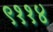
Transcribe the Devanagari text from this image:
९११४